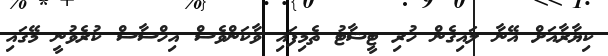
ކިޔާރާއަށް އޭނާ ލައިގެން ހުރި ޓީޝާޓު ތެމިފައި ވާކަންވެސް އިހްސާސް ކުރެވުނީ މޭގައި